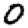
Digit: 0